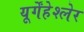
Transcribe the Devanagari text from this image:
यूर्गेंहेश्लेर